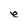
Character: e